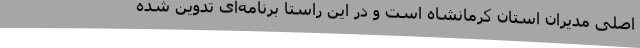
اصلی مدیران استان کرمانشاه است و در این راستا برنامه‌ای تدوین شده